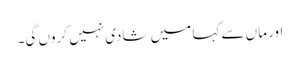
اور ماں سے کہا میں شادی نہیں کروں گی۔